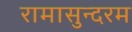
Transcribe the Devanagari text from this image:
रामासुन्दरम